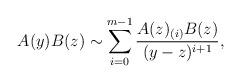
LaTeX: \begin{align*}A(y)B(z)\sim\sum_{i=0}^{m-1}\frac{A(z)_{(i)}B(z)}{(y-z)^{i+1}},\end{align*}